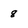
Character: 8